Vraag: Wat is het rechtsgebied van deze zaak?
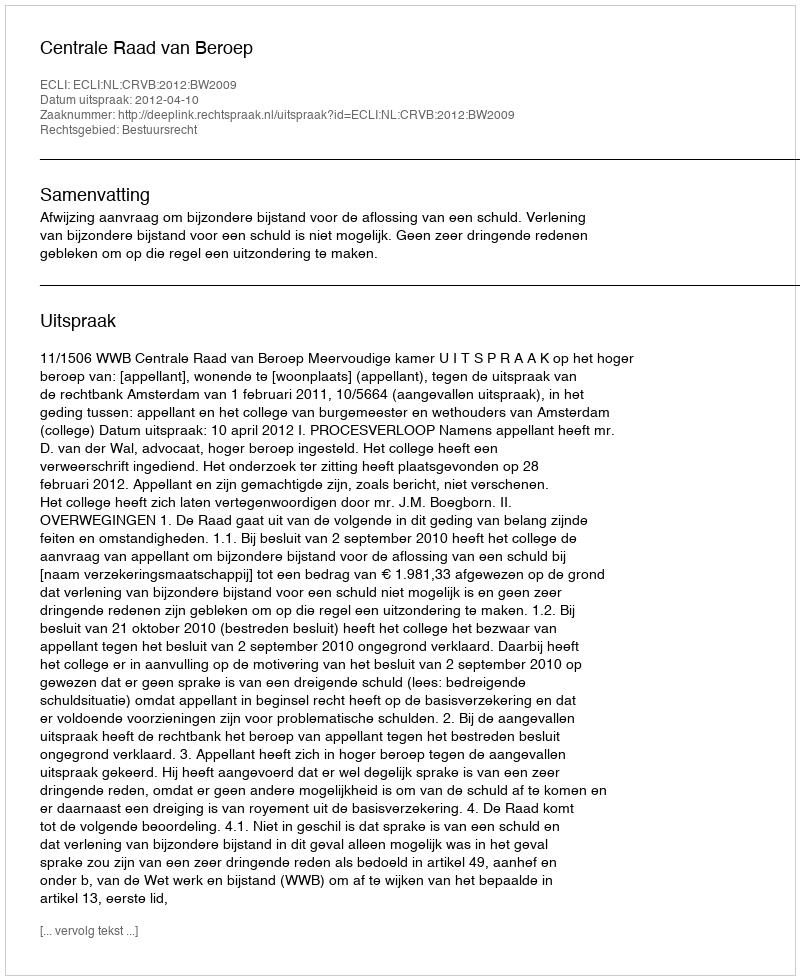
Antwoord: Bestuursrecht